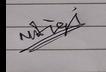
Signature authenticity: genuine